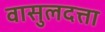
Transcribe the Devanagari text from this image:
वासुलदत्ता